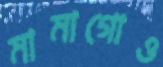
মামাগোও